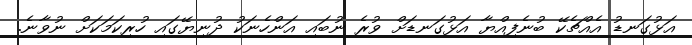
އަޅުގަނޑު އެއްޗެކޭ ބުނެފިއްޔާ އަޅުގަނޑަށް ވުރެ ނުބައި އަންހެނަކު ދުނިޔޭގައި ހުރިކަމަކަށް ނުވާނެ.